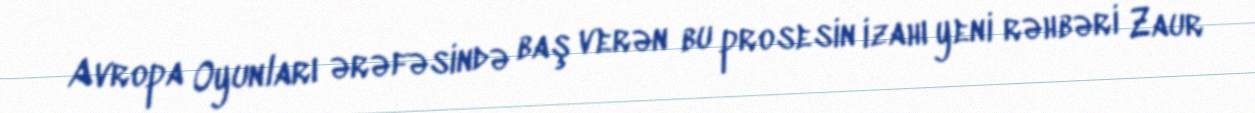
Avropa Oyunları ərəfəsində baş verən bu prosesin izahı yeni rəhbəri Zaur